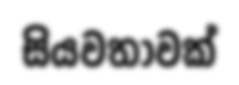
සියවතාවක්